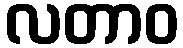
လတာဝ